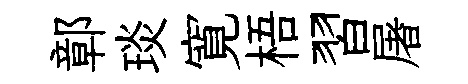
鄣琰寛梧習屠